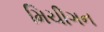
મિચીગન